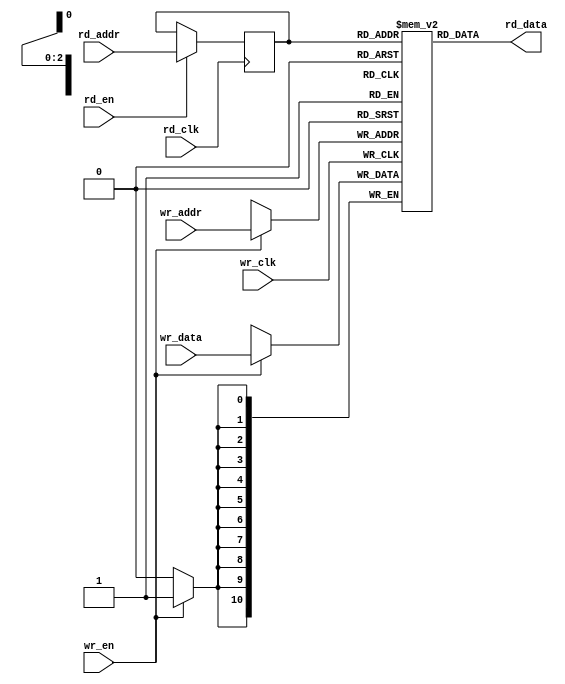
module ram1(wr_clk,
		   wr_data,
		   wr_en,
		   wr_addr,
		   
		   rd_clk,
		   rd_data,
		   rd_en,
		   rd_addr
		   );

parameter DWIDTH = 11;		//data width
parameter AWIDTH =  3;		//address width 

input wr_clk;
input wr_en;

input[DWIDTH-1:0] wr_data;
input[AWIDTH-1:0] wr_addr;

input  rd_clk;
input  rd_en;

input[AWIDTH-1:0] rd_addr;
output [DWIDTH-1:0] rd_data;
	
reg[DWIDTH-1:0] rw_mem [2**AWIDTH-1:0];//define the memory
reg[AWIDTH-1:0] raddr;

always@(posedge wr_clk )begin
	if(wr_en) begin
		rw_mem[wr_addr]<=wr_data;
	end
end
 
always@(posedge rd_clk)begin
	if(rd_en) begin
		raddr<=rd_addr;
	end
end
assign rd_data = rw_mem[raddr];

endmodule